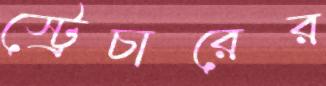
স্ট্রেচারের